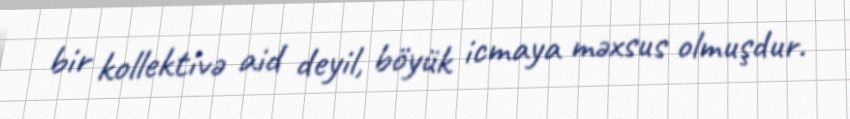
bir kollektivə aid deyil, böyük icmaya məxsus olmuşdur.